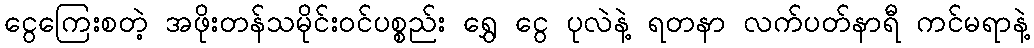
ငွေကြေးစတဲ့ အဖိုးတန်သမိုင်းဝင်ပစ္စည်း ရွှေ ငွေ ပုလဲနဲ့ ရတနာ လက်ပတ်နာရီ ကင်မရာနဲ့